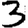
Digit: 3